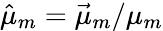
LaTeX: \hat{\mu}_{m}=\vec{\mu}_{m}/\mu_{m}